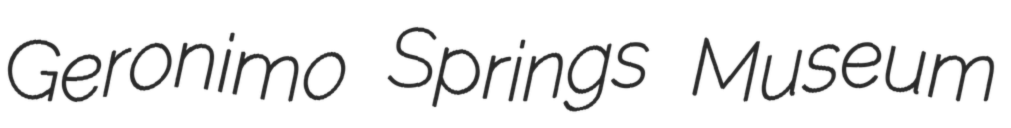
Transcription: Geronimo Springs Museum